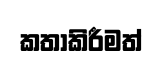
කතාකිරීමත්